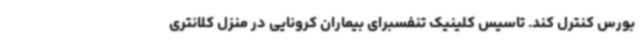
بورس کنترل کند. تاسیس کلینیک تنفسبرای بیماران کرونایی در منزل کلانتری